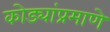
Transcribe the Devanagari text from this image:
कोड्यांप्रमाणे